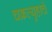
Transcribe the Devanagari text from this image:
चक्रव्युहाचे